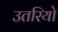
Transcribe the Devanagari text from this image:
उतरियो